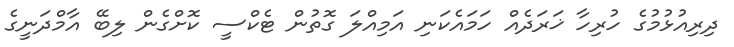
ދިރިއުޅުމުގެ ހުރިހާ ޚަރަދެއް ހަމައެކަނި އަމިއްލަ ގޮތުން ޓެކްސީ ކޮށްގެން ލިބޭ އާމްދަނީގެ